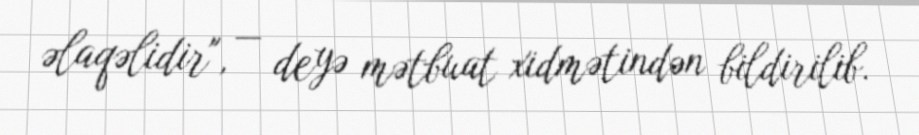
əlaqəlidir", — deyə mətbuat xidmətindən bildirilib.